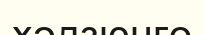
хәдзюнго